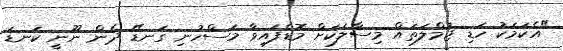
"އެކަމަކު ހަޑި ޖުމްލަތައް މިސާލަކަށް މޮޑެފައިވާ މަސްހުނި ގަނޑޭ ދެން ނޫނީ ކަނޑަ